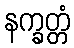
နက္ခတ္တံ